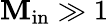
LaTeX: \mathbf{M}_{\mathrm{{in}}}\gg1